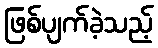
ဖြစ်ပျက်ခဲ့သည့်